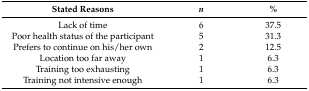
<table><thead><tr><td><b>Stated Reasons</b></td><td><b><i>n</i></b></td><td><b>%</b></td></tr></thead><tbody><tr><td>Lack of time</td><td>6</td><td>37.5</td></tr><tr><td>Poor health status of the participant</td><td>5</td><td>31.3</td></tr><tr><td>Prefers to continue on his/her own</td><td>2</td><td>12.5</td></tr><tr><td>Location too far away</td><td>1</td><td>6.3</td></tr><tr><td>Training too exhausting</td><td>1</td><td>6.3</td></tr><tr><td>Training not intensive enough</td><td>1</td><td>6.3</td></tr></tbody></table>